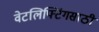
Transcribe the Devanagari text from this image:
वेटलिफ्टिंगसाठी